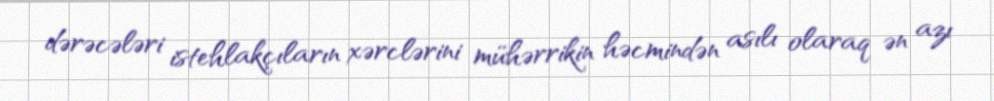
dərəcələri istehlakçıların xərclərini mühərrikin həcmindən asılı olaraq ən azı